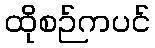
ထိုစဉ်ကပင်